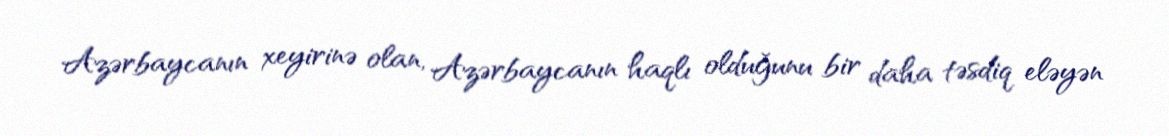
Azərbaycanın xeyirinə olan, Azərbaycanın haqlı olduğunu bir daha təsdiq eləyən